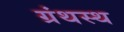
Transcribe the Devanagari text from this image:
ग्रंथस्थ